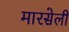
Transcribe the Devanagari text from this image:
मारसेली